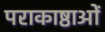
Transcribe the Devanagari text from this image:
पराकाष्ठाओं